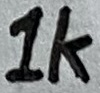
Text: 1K